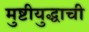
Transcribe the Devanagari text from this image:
मुष्टीयुद्धाची